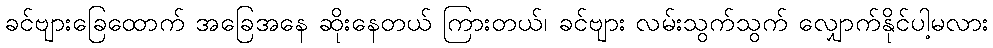
ခင်ဗျားခြေထောက် အခြေအနေ ဆိုးနေတယ် ကြားတယ်၊ ခင်ဗျား လမ်းသွက်သွက် လျှောက်နိုင်ပါ့မလား